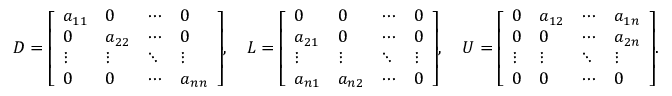
D = { \left[ \begin{array} { l l l l } { a _ { 1 1 } } & { 0 } & { \cdots } & { 0 } \\ { 0 } & { a _ { 2 2 } } & { \cdots } & { 0 } \\ { \vdots } & { \vdots } & { \ddots } & { \vdots } \\ { 0 } & { 0 } & { \cdots } & { a _ { n n } } \end{array} \right] } , \quad L = { \left[ \begin{array} { l l l l } { 0 } & { 0 } & { \cdots } & { 0 } \\ { a _ { 2 1 } } & { 0 } & { \cdots } & { 0 } \\ { \vdots } & { \vdots } & { \ddots } & { \vdots } \\ { a _ { n 1 } } & { a _ { n 2 } } & { \cdots } & { 0 } \end{array} \right] } , \quad U = { \left[ \begin{array} { l l l l } { 0 } & { a _ { 1 2 } } & { \cdots } & { a _ { 1 n } } \\ { 0 } & { 0 } & { \cdots } & { a _ { 2 n } } \\ { \vdots } & { \vdots } & { \ddots } & { \vdots } \\ { 0 } & { 0 } & { \cdots } & { 0 } \end{array} \right] } .